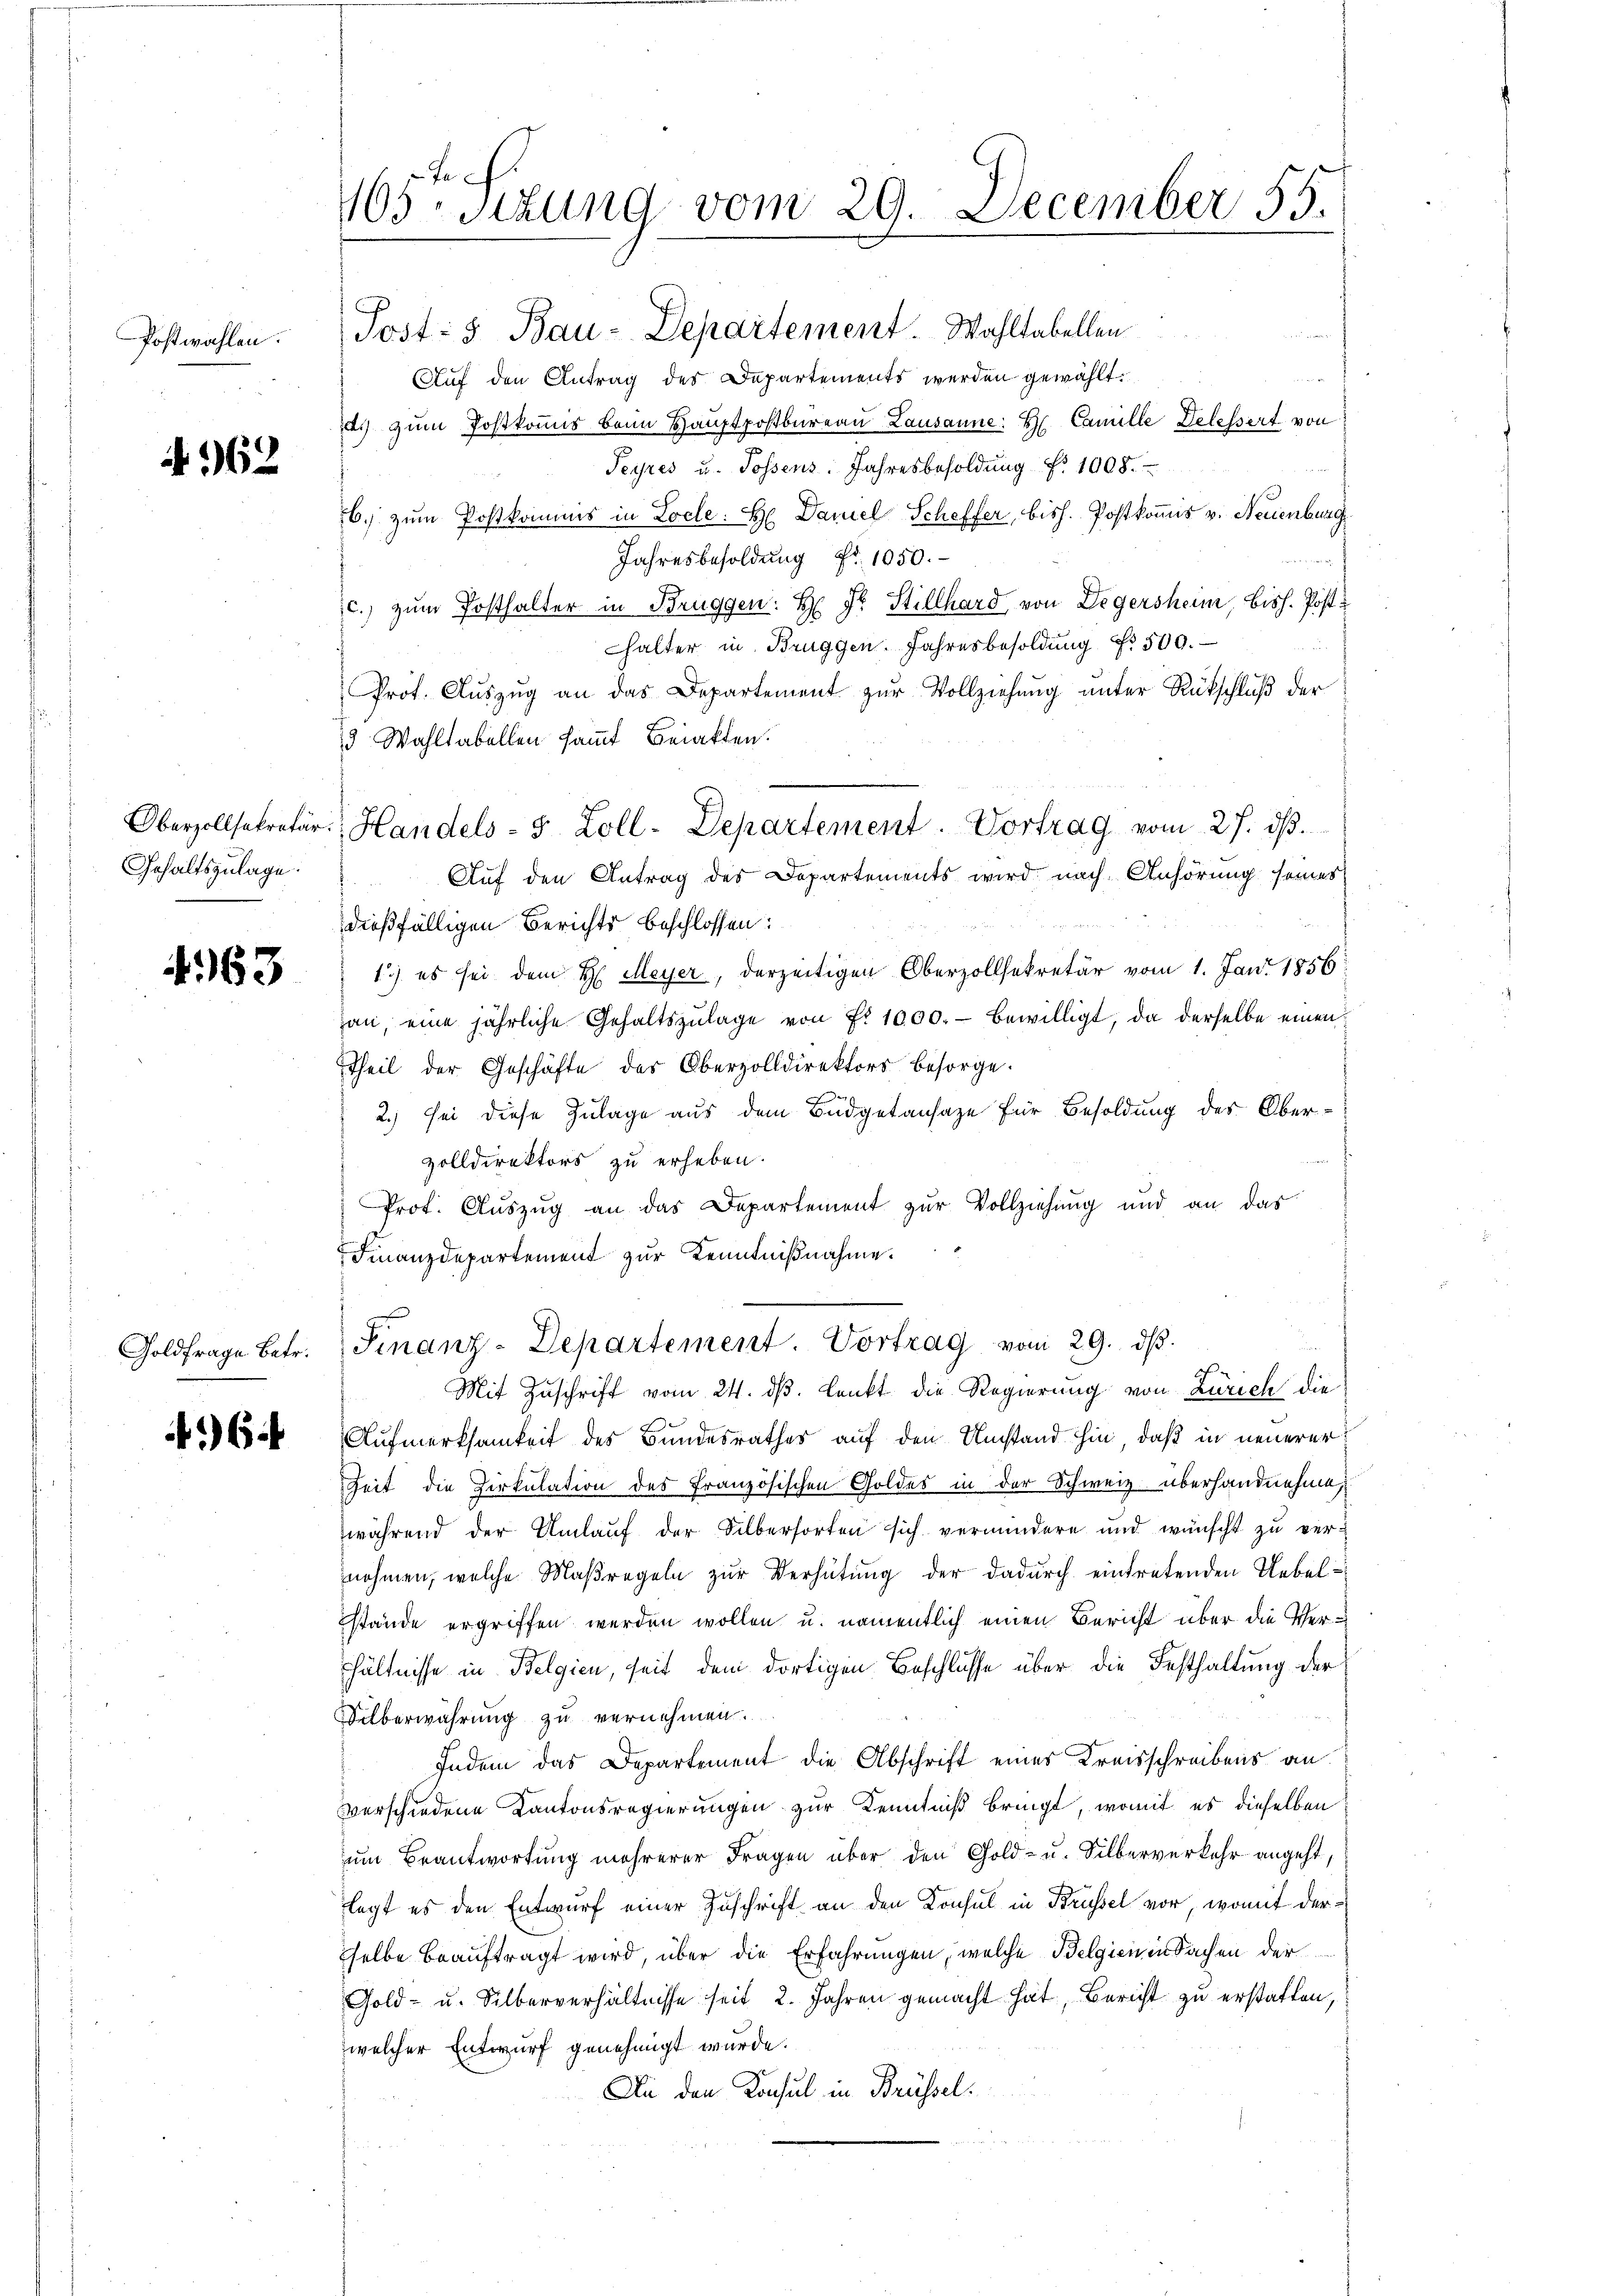
Postwahlen.

A 962

Oberzollsekretär.
Gehaltszulage.

No. 163

Goldfrage Betr.

64

105. Sizung vom 29. December 55.

Post: 5. Bau-Departement. Wahltabellen
u
Auf den Antrag des Departements werden gewählt.
. zum Postkomis beim Hauptpostbureau Lausanne: H. Camille Delessert von
Peyres u. Possens. Jahresbesoldung f. 1008.
6.) zum Postkommis in Locle: H. Daniel Scheffer, bish. Postkomis v. Neuenburg
Jahresbesoldung Fr. 1050.
c.) zum Posthalter in Bruggen: H: Dr. Stillhard von Legersheim, bish. Postu
halter in Brüggen. Jahresbesoldŭng Nr. 500.
Prot. Auszug an das Departement zur Vollziehung unter Rückschluß der
3 Wahltabellen sammt Bratten.
Auf den Antrag des Departements wird nach Anhörung seines
dießfälligen Berichts beschlossen:
1.) es sei dem H. Meyer, derzeitigen Oberzollsekretär vom 1. Jani 1856
han, eine jährliche Gehaltszŭlage von Nr. 1000.- bewilligt, da derselbe einen
Theil der Geschäfte des Oberzolldirektors besorge.
2.) Sei diese Zulage aus dem Budgetansaze für Besoldung des Obervolldirektors zu erheben.
Prot. Auszug an das Departement zur Vollziehung und an das
Finanzdepartement zur Kenntnißnahme.
Finanz-Departement. Vortrag vom 29. dβ.
Mit Zuschrift vom 24. ds. denkt die Regierung von Zürich die
Aufmerksamkeit des Bundesrathes auf den Umstand hin, daß in neuerer
Zeit die Cirkulation des Französischen Goldes in der Schweiz überhandnehme,
während der Umlauf der Silbersorten sich vermindere und wünscht zŭ vernehmen, welche Maßregeln zur Verhütung der dadurch eintretenden Uebelstände ergriffen werden wollen u. namentlich einen Bericht über die Verhältnisse in Belgien, seit dem dortigen Beschlüsse über die Festhaltung der
Silberwahrung zu vernehmen.
Indem das Departement die Abschrift eines Kreisschreibens an
verschiedene Kantonsregierungen zur Kenntniß bringt, womit es dieselben
um Beantwortung mehrerer Fragen über den Gold- u. Silberverkehr angeht,
legt es den Entwurf einer Zuschrift an den Konsul in Brüssel vor, womit dersselbe beauftragt wird, über die Erfahrungen, welche Belgien in Sachen der
Gold- u. Silberverhältnisse seit 2. Jahren gemacht hat, Bericht zu erstatten,
welcher Entwurf genehmigt wurde.
An den Konsul in Brüssel¬

Handels- 5 Zoll-Departement. Vortrag vom 27. dβ.